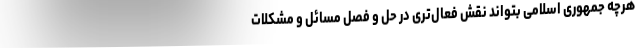
هرچه جمهوری اسلامی بتواند نقش فعال‌تری در حل و فصل مسائل و مشکلات